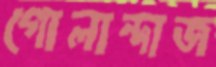
গোলান্দাজ